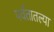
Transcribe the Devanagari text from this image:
पर्वतातल्या